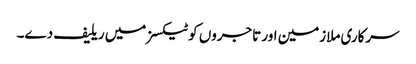
سرکاری ملازمین اور تاجروں کو ٹیکسز میں ریلیف دے۔